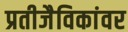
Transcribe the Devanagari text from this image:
प्रतीजैविकांवर